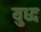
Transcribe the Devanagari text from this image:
युध्‍द